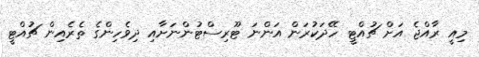
މިއީ ރާއްޖެ އަށް ޗުއްޓީ ހޭދަކުރަން އަންނަ ޓޫރިސްޓުންނަށާއި ދިވެހިންގެ ތެރެއިން ޗުއްޓީ